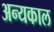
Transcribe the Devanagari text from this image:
अन्यकाल